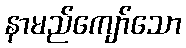
နာမည်ကျော်သော